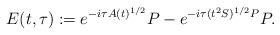
LaTeX: \begin{align*} E (t, \tau) := e^{-i\tau A(t)^{1/2}} P - e^{-i\tau (t^2 S)^{1/2}P} P.\end{align*}